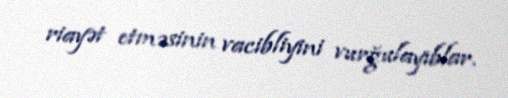
riayət etməsinin vacibliyini vurğulayıblar.